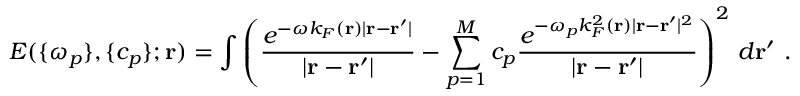
E ( \{ \omega _ { p } \} , \{ c _ { p } \} ; \mathbf { r } ) = \displaystyle \int \left( \frac { e ^ { - \omega k _ { F } ( \mathbf { r } ) | \mathbf { r } - \mathbf { r } ^ { \prime } | } } { | \mathbf { r } - \mathbf { r } ^ { \prime } | } - \displaystyle \sum _ { p = 1 } ^ { M } c _ { p } \frac { e ^ { - \omega _ { p } k _ { F } ^ { 2 } ( \mathbf { r } ) | \mathbf { r } - \mathbf { r } ^ { \prime } | ^ { 2 } } } { | \mathbf { r } - \mathbf { r } ^ { \prime } | } \right) ^ { 2 } \, d \mathbf { r } ^ { \prime } \ .